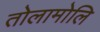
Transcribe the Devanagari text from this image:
तोलामोलि